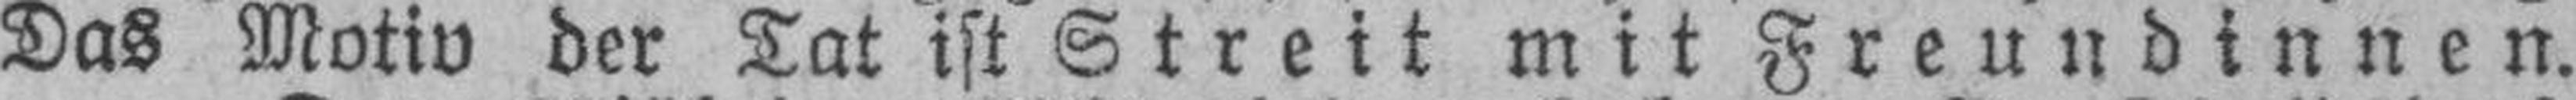
Das Motiv der Tat ist Streit mit Freundinnen.